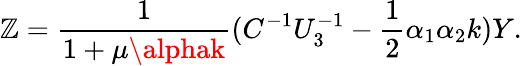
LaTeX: \mathbb{Z}={\frac{{1}}{{1+\mu\alphak}}}(C^{-1}U_{3}^{-1}-{\frac{{1}}{{2}}}\alpha_{1}\alpha_{2}k)Y.